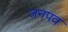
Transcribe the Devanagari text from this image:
जनपव